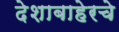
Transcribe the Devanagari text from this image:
देशाबाहेरचे